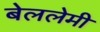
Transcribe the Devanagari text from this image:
बेललेमी